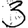
Digit: 3